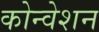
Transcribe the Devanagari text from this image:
कोन्वेशन